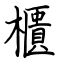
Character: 櫃